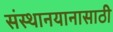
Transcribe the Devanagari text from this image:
संस्थानयानासाठी